Sketch of the medical history of the native army of Bombay, for the year
Year: 1872
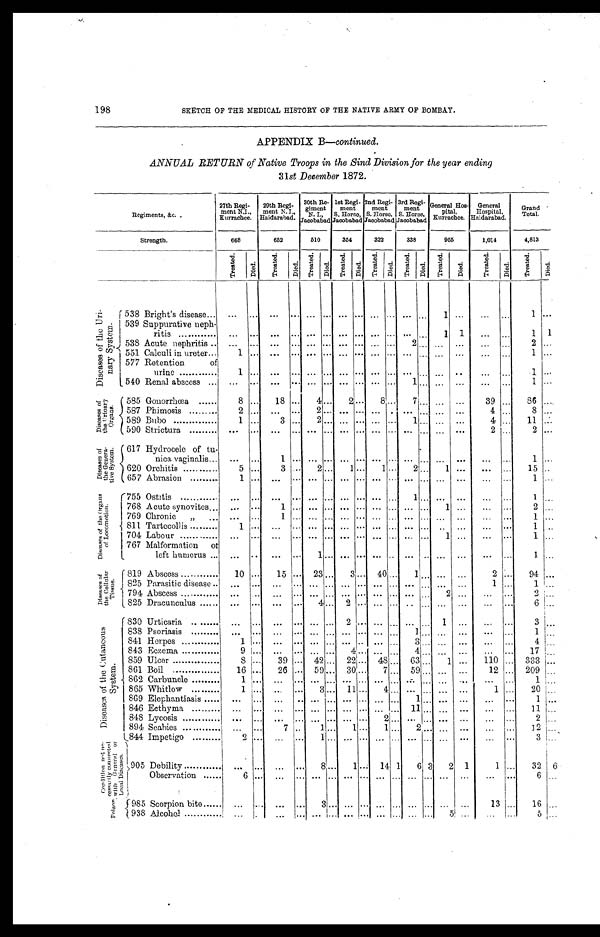
198
SKETCH OF THE MEDICAL HISTORY OF THE NATIVE ARMY OF BOMBAY.
APPENDIX B— continued.
ANNUAL RETURN of Native Troops in the Sind Division for the year ending
31st December 1872.
Regiments, &c.
27t h Regi - ment N. I . Kur r achee. 29t h Regi - ment N. I . , Hai dar abad. 30t h Re - gi me nt N. I . , J a c oba ba d 1 s t Re g i - me n t S. Ho r s e , J a c o b a b a d 2nd Re gi - me nt S. Hor s e , J a c oba ba d 3r d Re gi - me nt S. Hor s e , J a c oba ba d General Hos-pi t al , Kurrachee. Ge ne r a l Hos pi t a l . Ha i da r a ba d.
Grand Total.
Strength.
668
652
510
354
322
338
955
1,014
4,813
Tr eat ed.
Di ed.
Tr eat ed.
Di ed. Treated. Di ed.
Tr eat ed.
Di ed.
Tr e a t e d.
Di ed.
Tr e a t e d.
Di ed.
Tr e a t e d.
Di ed.
Tr e a t e d.
Di ed.
Tr eat ed. Di ed.
D i s e a s e s o f t h e U r i - n a r y S y s t e m .
538 Bright's disease ...
... ...
... ... ... ... ... ... ...
... ...
1 ...
... ...
1 ...
539 Suppurative neph-ritis ...
...
... ... ... ... ... ... ... ... ...
...
1 1
... ...
1 1
538 Acute nephritis ... ... ...
... ... ... ... ... ... ... 2
... ... ...
... ...
2 ...
551 Calculi in ureter
1 ... ... ... ... ... ... ... ... ... ...
... ... ...
... ...
1 ...
577 Retention of urine
1 ... ... ... ... ... ...
... ... ... ... ... ... ...
... ... 1
...
540 Renal abscess
... ...
... ... ... ... ... ... ... ... 1
... ... ...
... ...
1 ...
D i s e a s e s o f t h e U r i n a r y O r g a n s .
585 Gonorrhœa
8 ...
18 ... 4
... 2
... 8
... 7
... ... ...
39 ...
86 ...
587 Phimosis
2 ... ... ... 2
... ... ... ... ... ... ... ... ...
4 ...
8 ...
589 Bubo
1 ...
3 ...
2 ... ... ... ... ... 1
... ... ...
4 ...
11 ...
590 Strictura
...
...
... ... ... ... ... ... ... ......... ... ... ...
2 ... 2
...
D i s e a s e s o f t h e G e n e r a - t i v e S y s t e m . 617 Hydrocele of tu-nica vaginalis
... ...
1
... ... ... ... ... ... ... ... ... ... ...
... ...
1 ...
620 Orchitis
5 ...
3 ...2
... 1
... 1
... 2
... 1 ... ...
...
15 ...
657 Abrasion
1
... ...
... ... ... ... ... ... ... ... ... ... ...
... ...
1 ...
D i s e a s e s o f t h e O r g a n s o f L o c o m o t i o n .
755 Ostitis
...
...
... ... ...
...... ... ... ... 1
... ... ...
... ... 1
...
768 Acute synovites
... ...1
... ... ... ... ... ... ... ... ...1 ...
... ...2
...
769 Chronic "
... ... 1
... ... ... ... ... ... ... ... ... ... ... ...
...
1 ...
811 Tartecollis
1
... ...
... ... ... ... ...
... ... ... ... ... ...
... ...1
...
704 Labour
...
... ...
... ... ... ... ... ... ... ...
...1 ...
... ...1
...
767 Malformation of left humerus ...
... ... ... 1
... ... ... ...
... ... ... ... ...
... ...
1 ...
D i s e a s e s o f t h e C e l l u l a r T i s s u e .
819 Abscess
10 ... 15
... 23 ... 3
... 40 ... 1
... ... ...
2 ...
94 ...
825 Parasitic disease...
... ...
... ... ... ...
... ...... ... ... ... ...
1 ...
1 ...
794 Abscess
... ...
... ... ... ... ...
. . . ... ... ...
...2 ...
... ... 2
...
825 Dracunculus
... ......
... 4
...
2 ... ... ...
...
... ... ...
... ...
6 ...
D i s e a s e s o f t h e C u t a n e o u s S y s t e m .
830 Urticaria
... ... ...
... ... ... 2
... ... ... ...
... 1 ...
... ... 3
...
838 Psoriasis
...
... ...
... ... ... ... ...
...... 1
... ... ...
... ... 1
...
841 Herpes
1
... ...
... ... ... ... ...
...... 3
... ... ...
... ...4
...
843 Eczema
9
.........
......... ... 4
... ... ... 4
... ... ...
... ... 17
...
859 Ulcer
8
... 39
...42 ... 22 ... 48 ... 63 ... 1 ...
110... 333
...
861 Boil
16... 26
... 59 ... 30 ... 7
... 59 ... ... ...
12... 209
...
862 Carbuncle
1
... ...
... ... ... ... ... ... ... ... ... ...
...
... ... 1
...
865 Whitlow
1
... ...
... 3
... 11 ... 4
... ... ... ... ...
1... 20
...
869 Elephantiasis
... ... ...
...
...... ... ... ... ... 1
... ... ...
... ... 1
...
846 Ecthyma
...
... ...
...
...... ... ... ... ... 11 ...
... ...
... . . .11
...
848 Lycosis
...
... ...
... ... ... ... ... 2
... ... ... ... ...
... ... 2
...
894 Scabies
...
...
7... 1
... 1
...1
... 2
... ...
...
... ... 12
...
844 Impetigo
2
... ...
... 1
... ... ... ... ... ... ... ... ...
... ...
3
...
C o n d i t i o n n o t n e - c e s s a r i l y c o n n e c t e d w i t h G e n e r a l o f L o c a l D i s e a s e s . 905
Debility
...
... ...
... 8
... 1
...14 1 6
3 2
1 1
... 32
6
Observation 6
... ...
... ... ... ... ... ... ... ... ... ... ...
...
...
6
...
Poi son 985
Scorpion bite
... ... ...
... 3
... ... ... ... ... ... ... ...
... 13
... 16
...
938
Al cohol
...
...
...
... ... ...
. . .
...
...
...
...
...
5
... ...
...
5
...